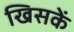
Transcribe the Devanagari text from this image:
खिसकें